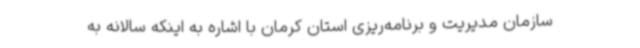
سازمان مدیریت و برنامه‌ریزی استان کرمان با اشاره به اینکه سالانه به